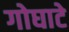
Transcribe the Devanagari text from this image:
गोघाटे